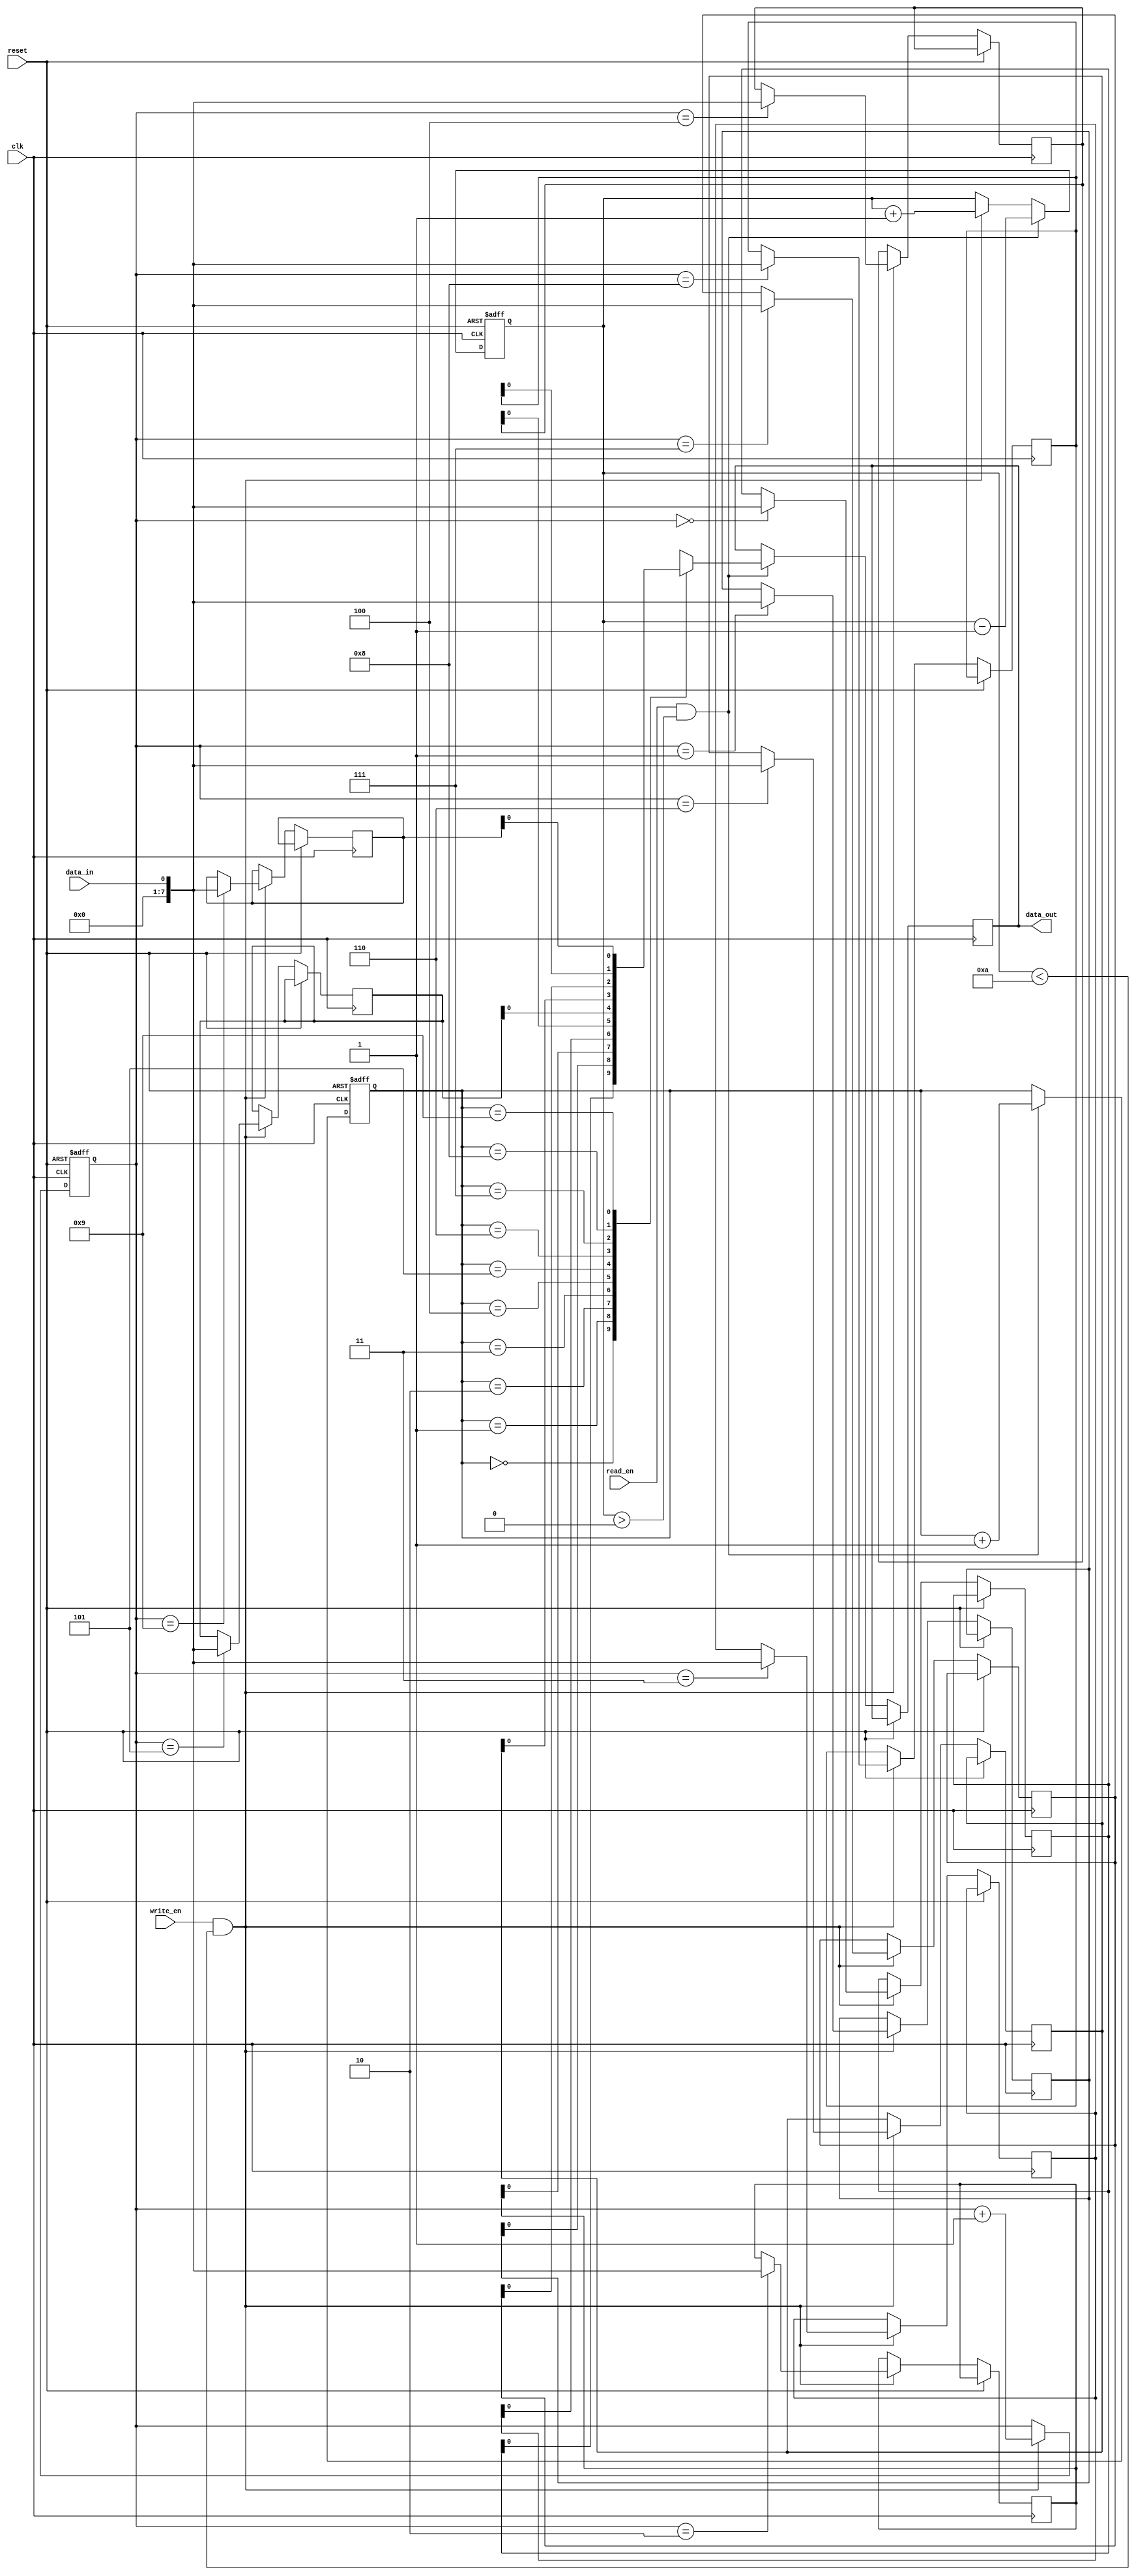
module bidirectional_fifo (
  input wire clk,
  input wire reset,
  input wire write_en,
  input wire read_en,
  input wire data_in,
  output reg data_out
);

parameter DEPTH = 10; //depth of the FIFO
reg [7:0] mem [0:DEPTH-1];
reg [3:0] write_ptr;
reg [3:0] read_ptr;
reg [3:0] count;

always @ (posedge clk or posedge reset)
begin
  if (reset)
  begin
    write_ptr <= 4'b0000;
    read_ptr <= 4'b0000;
    count <= 4'b0000;
  end
  else
  begin
    if (write_en && count < DEPTH) //write data to FIFO
    begin
      mem[write_ptr] <= data_in;
      write_ptr <= write_ptr + 1;
      count <= count + 1;
    end
    if (read_en && count > 0) //read data from FIFO
    begin
      data_out <= mem[read_ptr];
      read_ptr <= read_ptr + 1;
      count <= count - 1;
    end
  end
end

endmodule